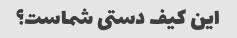
این کیف دستی شماست؟